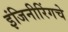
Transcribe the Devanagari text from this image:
इंजिनीरिंगचे